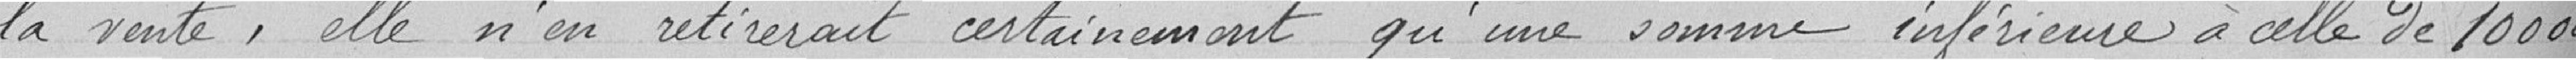
la vente, elle n'en retirerait certainement qu'une somme inférieure à celle de 100000 francs